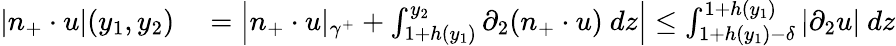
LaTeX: \begin{array}{rl}{|n_{+}\cdot u|(y_{1},y_{2})}&{{}=\left|n_{+}\cdot u\vert_{\gamma^{+}}+\int_{1+h(y_{1})}^{y_{2}}\partial_{2}(n_{+}\cdot u)\ dz\right|\leq\int_{1+h(y_{1})-\delta}^{1+h(y_{1})}|\partial_{2}u|\ dz}\end{array}